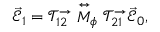
\vec { \mathcal { E } } _ { 1 } = \mathcal { T } _ { 1 2 } ^ { \rightarrow } \stackrel { \leftrightarrow } { M } _ { \phi } \mathcal { T } _ { 2 1 } ^ { \rightarrow } \vec { \mathcal { E } } _ { 0 } ,